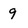
Character: 9